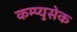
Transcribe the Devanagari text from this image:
कम्प्युसेक